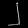
Digit: ၂